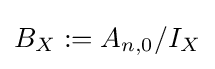
B_{X}:=A_{n,0}/I_{X}